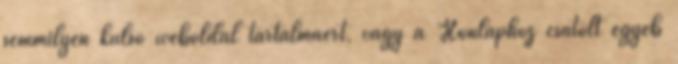
semmilyen külső weboldal tartalmáért, vagy a Honlaphoz csatolt egyéb